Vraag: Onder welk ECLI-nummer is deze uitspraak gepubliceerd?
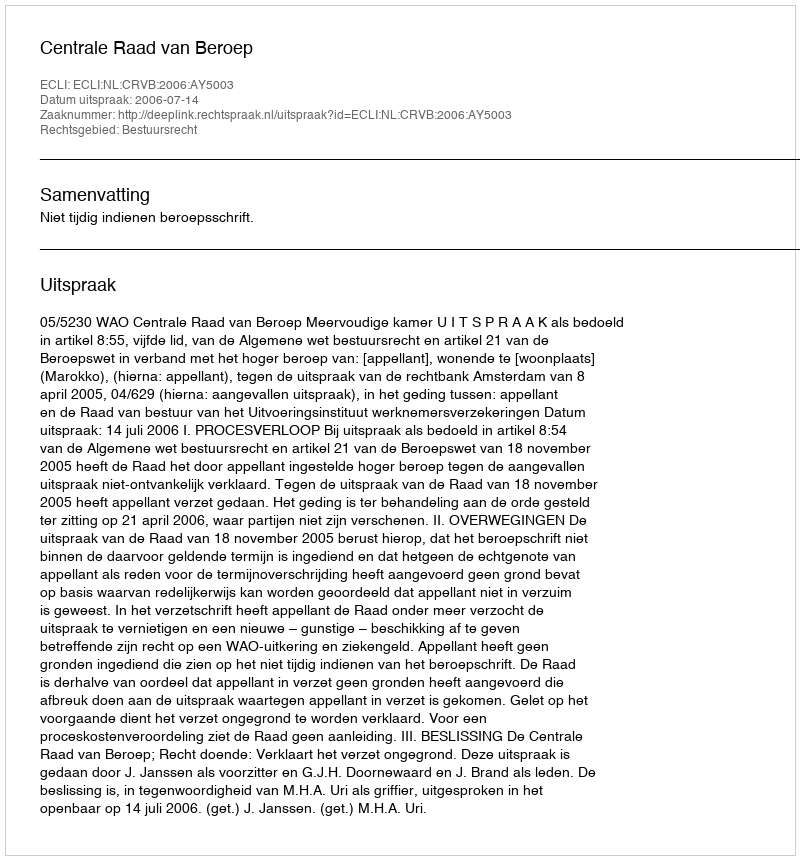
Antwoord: ECLI:NL:CRVB:2006:AY5003